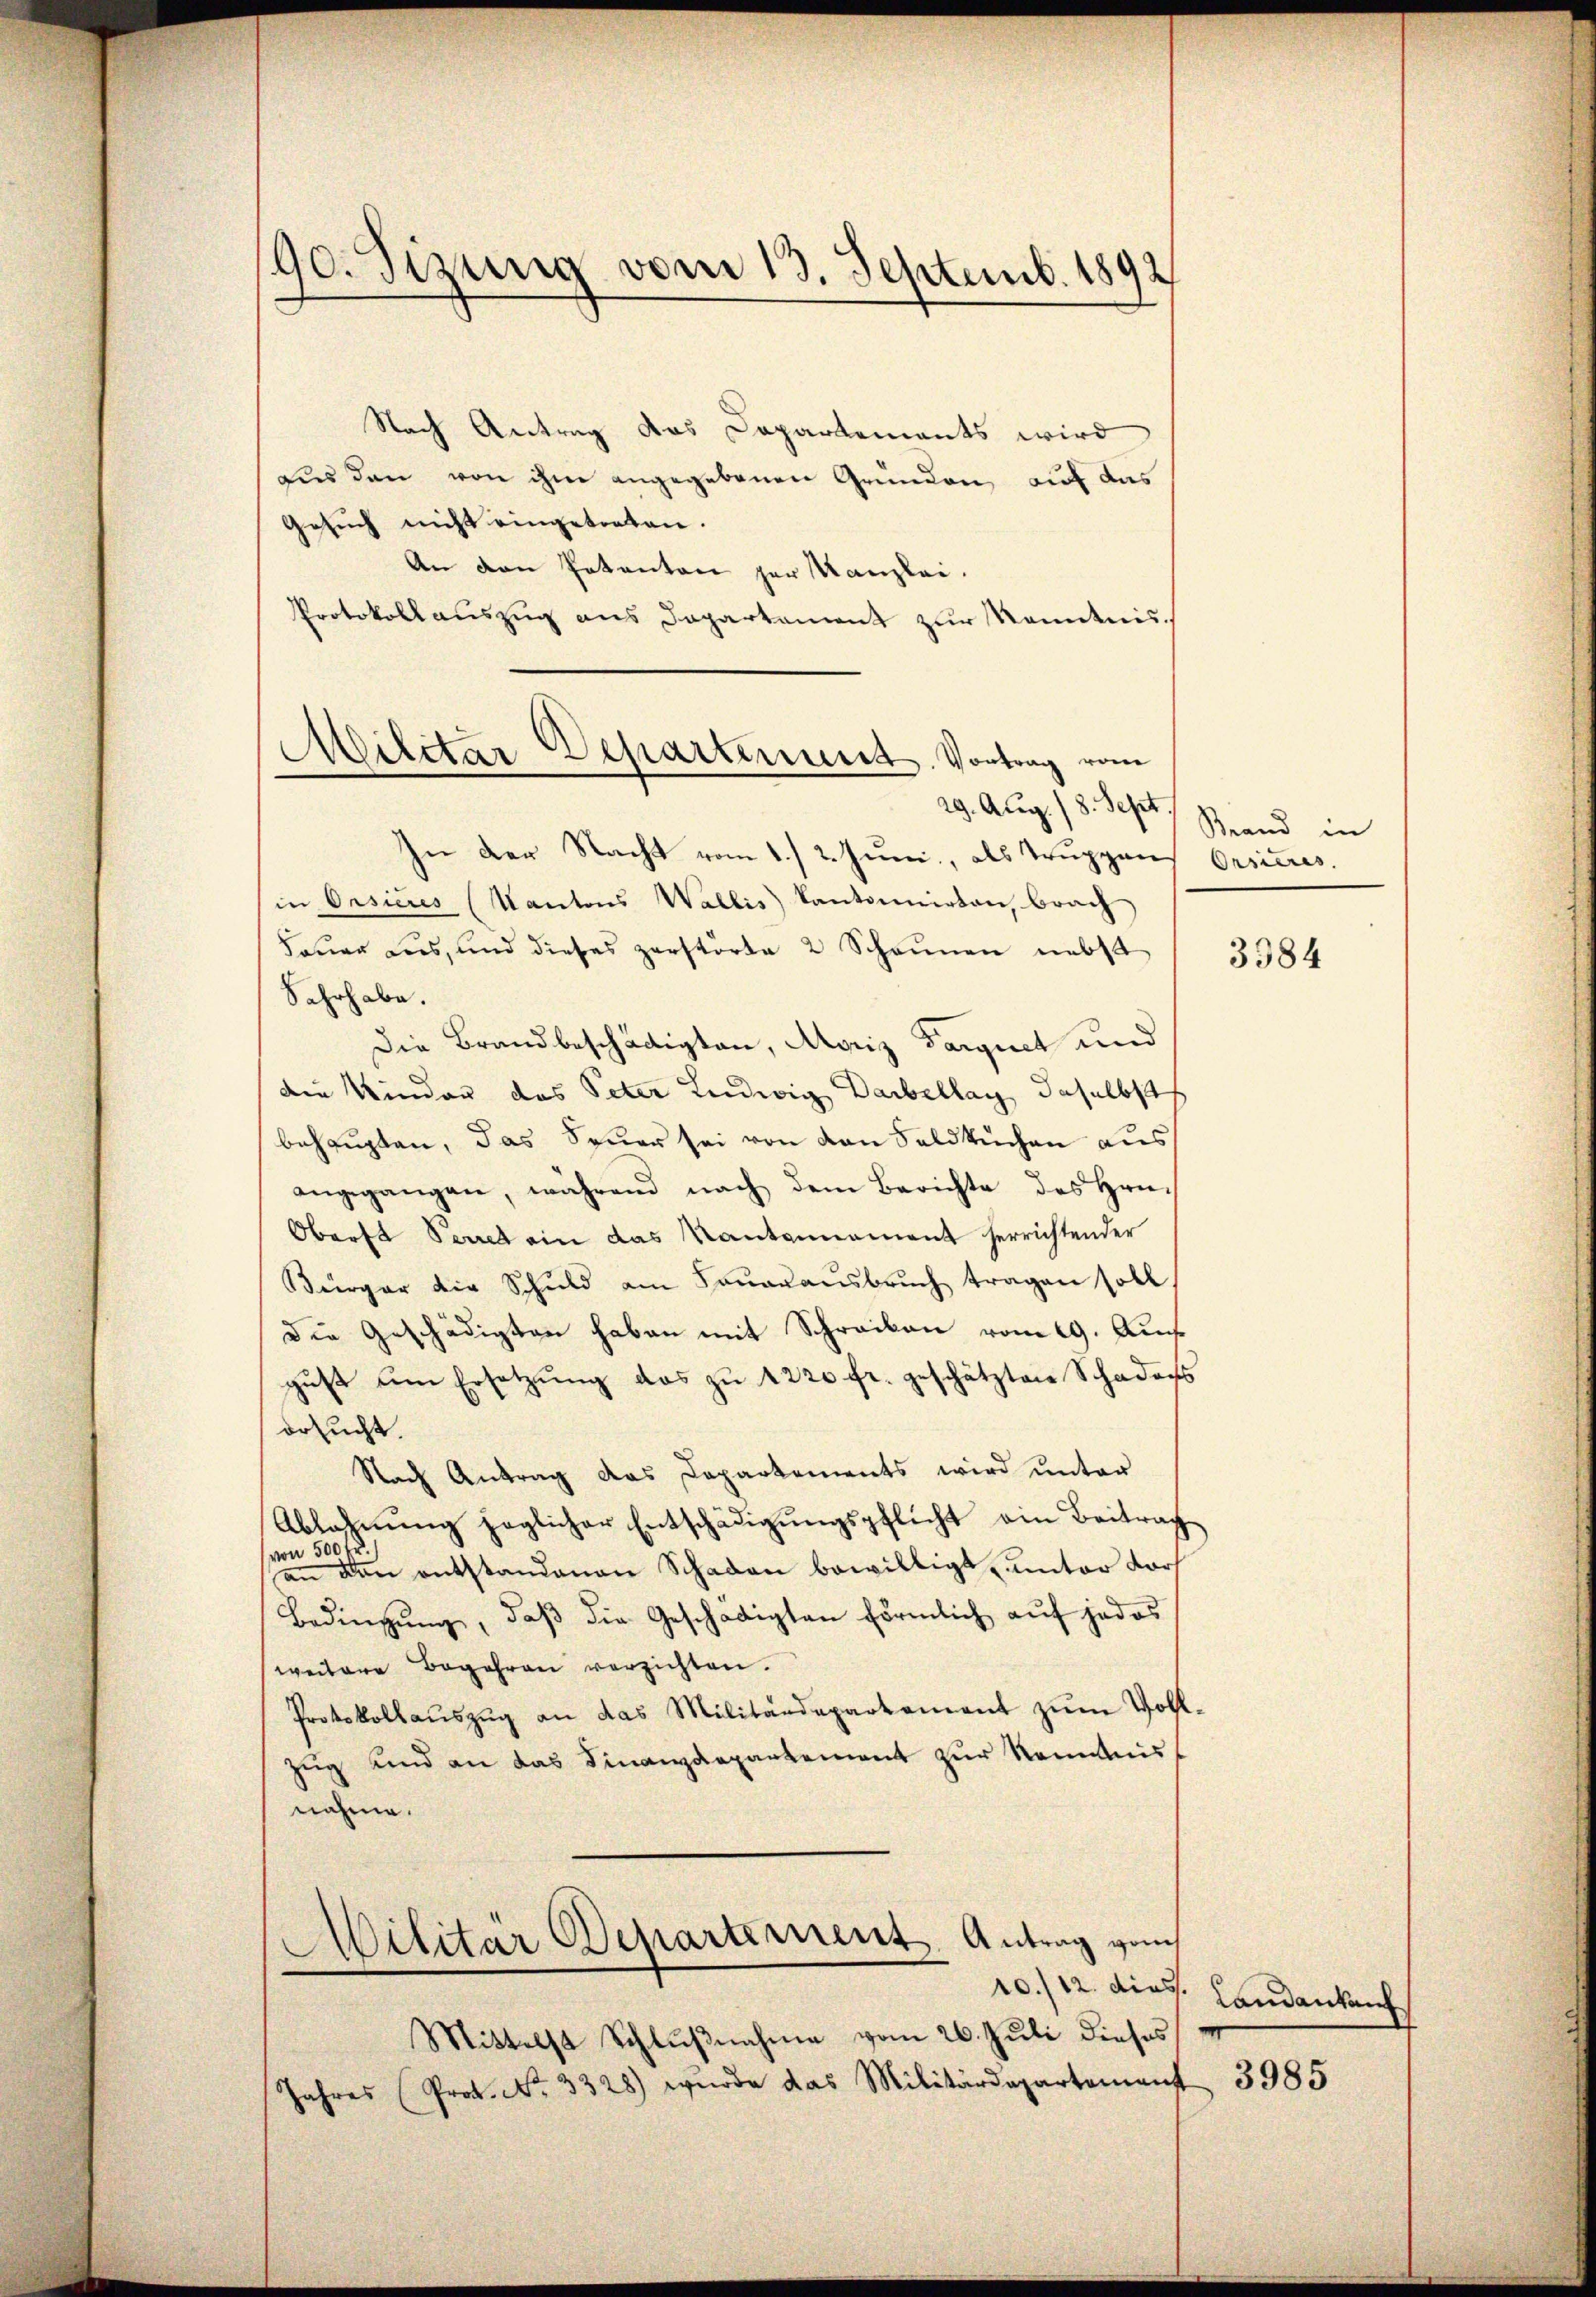
/90. Sizung vom 13. Septemb. 1892

Nach Antrag das Departements wird
aus den von ihm angegebenen Gründen, auf das
Gesuch nicht eingetreten.
An den Votanton zur Kanzlei.
Protokollauszug aus Departement zur Kenntnis¬

Militar Departement. Vortrag vom
29. Aug. 18. Sept.

In der Nacht vom 1./2. Juni, als Truppans Orsieres.
in Orsicres (Kantons Wallis Kantonnirten, brach
Fauer aus, und dieses zerstörte 2 Schannen nebst
Sahrhabe.
Die Brandbeschädigten, Moriz Parquet und
die Kinder das Peter Ludwig Daibellag, daselbst
behaupten, das Feuer sei von den Feldkuchen aus
angegangen, während nach dem Berichte des Hrn.
Oberst Secret ein das Kantannament herrichtender
Bürger die Schuld am Saŭaraŭsbrŭch tragen soll
Die Geschädigten haben mit Schreiben vom 19. Auf
gust um Ersetzung das zu 1220 fr. geschätzten Schadens
ersucht.
Nach Antrag das Capartements wird unter
Ablassŭng zoglicher Entschädigŭngspflicht ein Beitrag
von 500 fr.
an den entstandenen Schaden bewilligt unter dort
Bedingung, daß die Geschädigten förmlich auf jedes
weitere Begehren verzichten.
Protokollaŭszŭg an das Militärdepartement zŭm Voll-
zug und an das Finanzdepartement zur Kenntnis
nahme.
Militär Departement. Antrag vom
10./12. dies
Mittelst Schlußnahme vom 26. Juli dieses
Jahres (Prot. No. 3328) wurde das Militärdepartement

Brand in

3384

Landankauf
3985